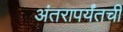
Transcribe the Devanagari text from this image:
अंतरापर्यंतची